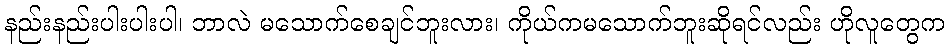
နည်းနည်းပါးပါးပါ၊ ဘာလဲ မသောက်စေချင်ဘူးလား၊ ကိုယ်ကမသောက်ဘူးဆိုရင်လည်း ဟိုလူတွေက